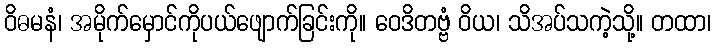
ဝိဓမနံ၊ အမိုက်မှောင်ကိုပယ်ဖျောက်ခြင်းကို။ ဝေဒိတဗ္ဗံ ဝိယ၊ သိအပ်သကဲ့သို့။ တထာ၊